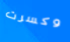
وكسرت